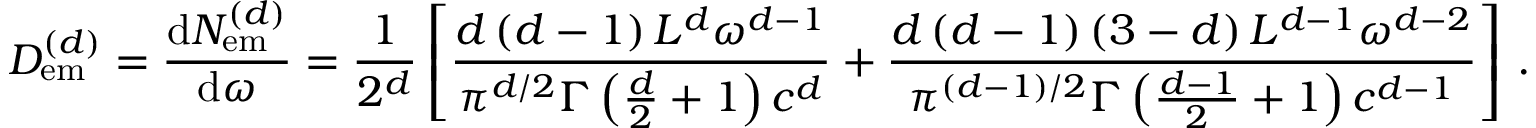
D _ { \mathrm { e m } } ^ { \left( d \right) } = \frac { \mathrm { d } N _ { \mathrm { e m } } ^ { \left( d \right) } } { \mathrm { d } \omega } = \frac { 1 } { 2 ^ { d } } \left[ \frac { d \left( d - 1 \right) L ^ { d } \omega ^ { d - 1 } } { \pi ^ { d / 2 } \Gamma \left( \frac { d } { 2 } + 1 \right) c ^ { d } } + \frac { d \left( d - 1 \right) \left( 3 - d \right) L ^ { d - 1 } \omega ^ { d - 2 } } { \pi ^ { \left( d - 1 \right) / 2 } \Gamma \left( \frac { d - 1 } { 2 } + 1 \right) c ^ { d - 1 } } \right] \, .